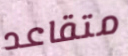
متقاعد